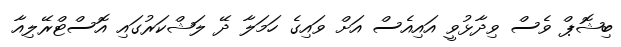
ބިޝޮޕް ވެސް ވިދާޅުވީ އައިއެސް އަށް ވައިގެ ހަމަލާ ދޭ ލަޝްކަރުގައި އޮސްޓްރޭލިއާ